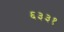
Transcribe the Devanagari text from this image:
६३३१